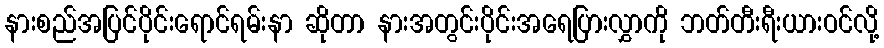
နားစည်အပြင်ပိုင်းရောင်ရမ်းနာ ဆိုတာ နားအတွင်းပိုင်းအရေပြားလွှာကို ဘတ်တီးရီးယားဝင်လို့